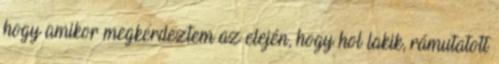
hogy amikor megkérdeztem az elején, hogy hol lakik, rámutatott